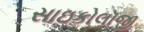
સાઇકોલૉજી